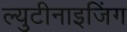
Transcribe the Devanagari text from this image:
ल्युटीनाइजिंग